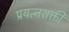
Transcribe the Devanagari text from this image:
प्रयत्‍नशक्ती